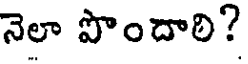
నెలా పొందారి?